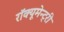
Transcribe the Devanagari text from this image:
रॉक्यूमेन्ट्री